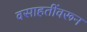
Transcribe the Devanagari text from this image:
वसाहतींवरून